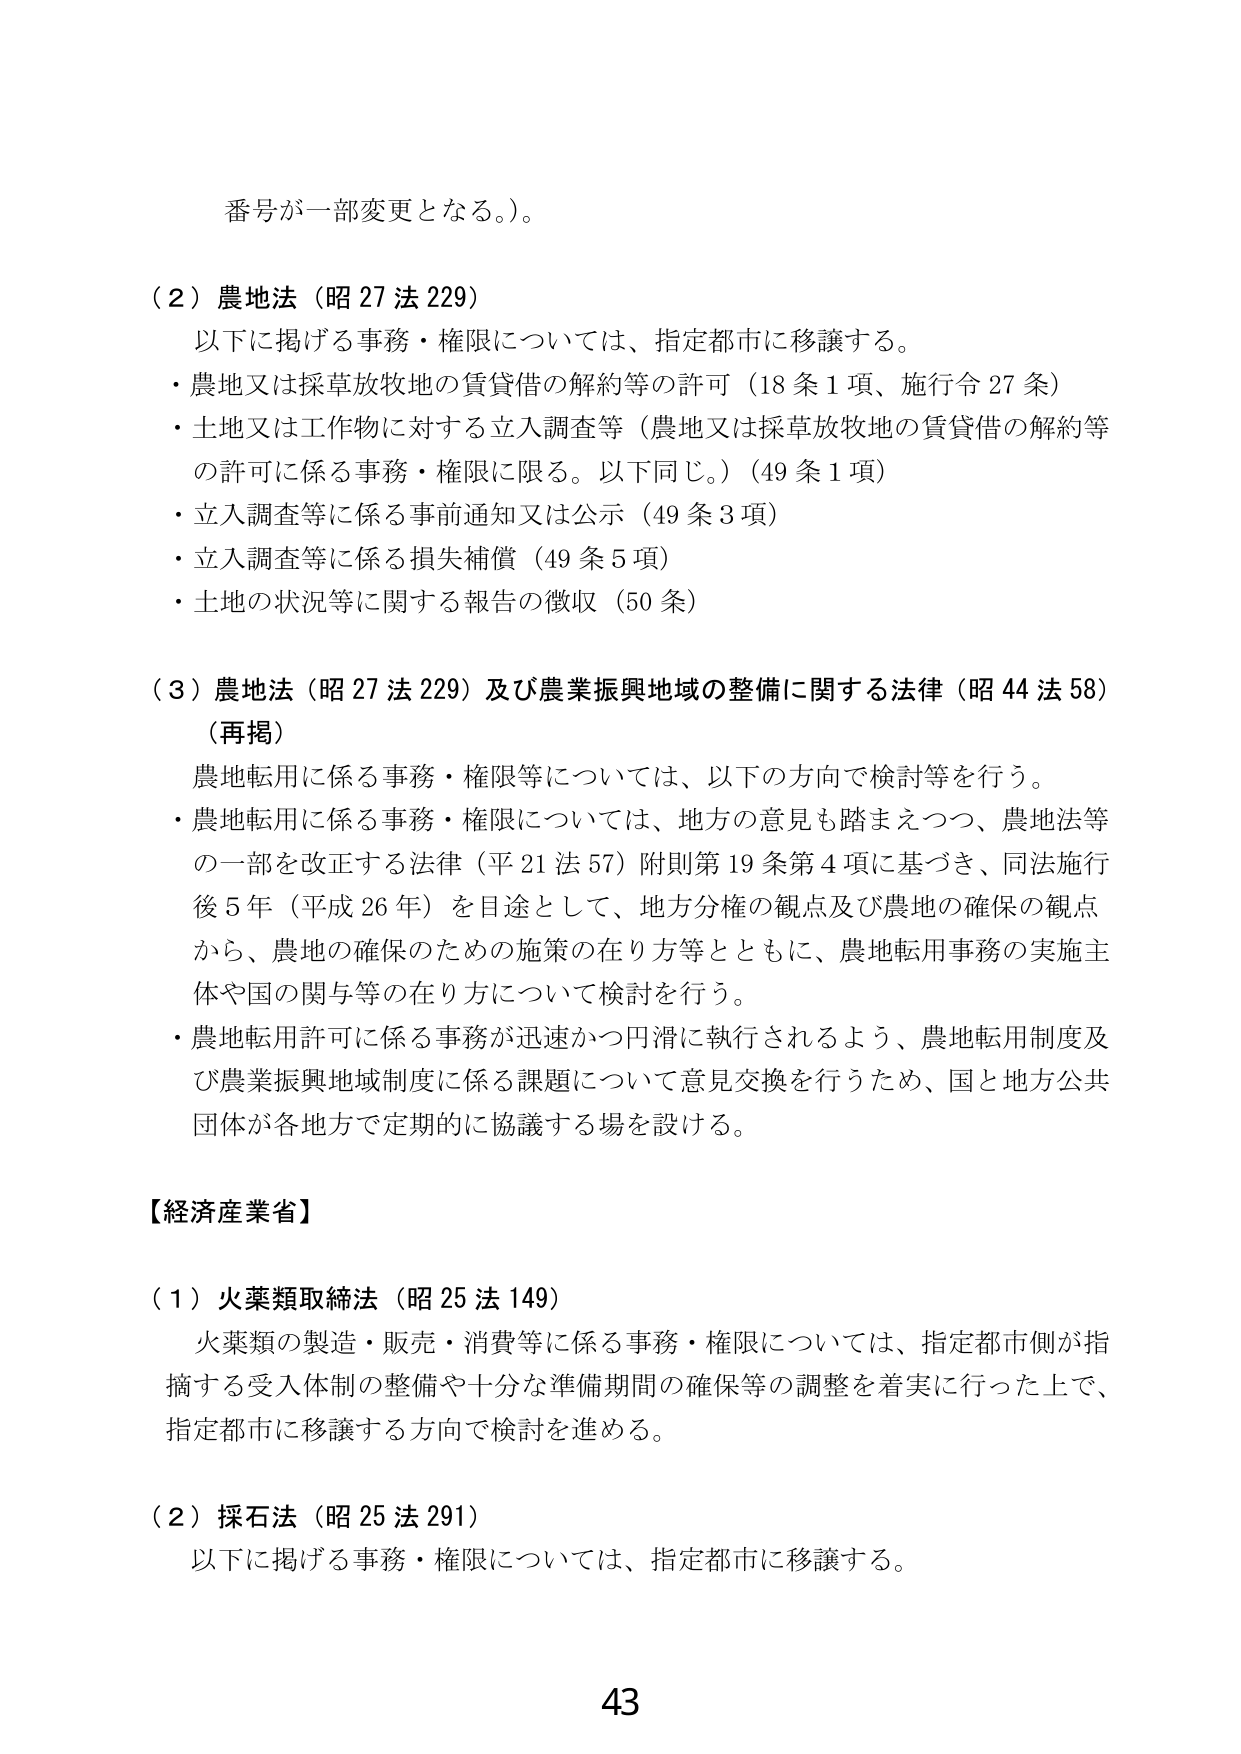
番号が一部変更となる。）。

（２）農地法（昭27法229）
　以下に掲げる事務・権限については、指定都市に移譲する。
・農地又は採草放牧地の賃貸借の解約等の許可（18条1項、施行令27条）
・土地又は工作物に対する立入調査等（農地又は採草放牧地の賃貸借の解約等
　の許可に係る事務・権限に限る。以下同じ。）（49条1項）
・立入調査等に係る事前通知又は公示（49条3項）
・立入調査等に係る損失補償（49条5項）
・土地の状況等に関する報告の徴収（50条）

（３）農地法（昭27法229）及び農業振興地域の整備に関する法律（昭44法58）
（再掲）
　農地転用に係る事務・権限等については、以下の方向で検討等を行う。
・農地転用に係る事務・権限については、地方の意見も踏まえつつ、農地法等
　の一部を改正する法律（平21法57）附則第19条第4項に基づき、同法施行
　後5年（平成26年）を目途として、地方分権の観点及び農地の確保の観点
　から、農地の確保のための施策の在り方等とともに、農地転用事務の実施主
　体や国の関与等の在り方について検討を行う。
・農地転用許可に係る事務が迅速かつ円滑に執行されるよう、農地転用制度及
　び農業振興地域制度に係る課題について意見交換を行うため、国と地方公共
　団体が各地方で定期的に協議する場を設ける。

【経済産業省】

（１）火薬類取締法（昭25法149）
　火薬類の製造・販売・消費等に係る事務・権限については、指定都市側が指
　摘する受入体制の整備や十分な準備期間の確保等の調整を着実に行った上で、
　指定都市に移譲する方向で検討を進める。

（２）採石法（昭25法291）
　以下に掲げる事務・権限については、指定都市に移譲する。

43